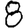
Digit: 8